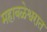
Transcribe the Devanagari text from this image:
महाबळेश्वरात